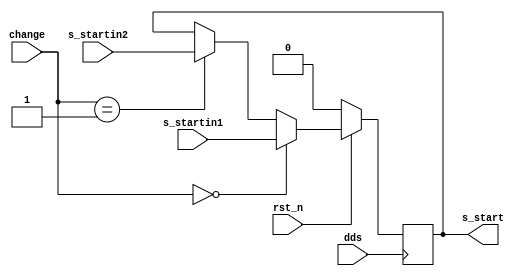
// scan_scale_sw.v
module scan_scale_sw(
                     rst_n,
                     dds,
                     change,                     
                     s_start,
                     s_startin1,
                     s_startin2                  
                     );

input rst_n;
input dds;
input [1:0] change;

output s_start;
input  s_startin1;
input  s_startin2;
reg    s_start;


always @ (posedge dds)
    begin
         if (rst_n == 1'b0)
             begin
                  s_start    <= 1'b0;
             end
         else
             begin
                  if (change == 2'b00)
                      begin
                           s_start    <= s_startin1;
                      end
                  else if (change == 2'b01)
                      begin                
                           s_start    <= s_startin2;
                      end
                  else
                      begin
                           s_start    <= s_start;

                      end
             end
    end

endmodule